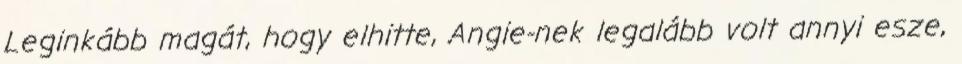
Leginkább magát, hogy elhitte, Angie-nek legalább volt annyi esze,